system: You are a helpful assistant.
user:
Analyze the provided spectrum to determine if it is a **White Dwarf (WD)**.

A White Dwarf spectrum is defined by its **extreme purity** (due to gravitational settling) and/or **extreme pressure broadening** (due to high surface gravity). You must check for one of the following mutually exclusive signatures:

- **Key Visual Indicators (Check for ONE of these types):**

    - **1. DA-Type Signature (Most Common):**
        - **(Primary Feature):** Extreme pressure broadening (Stark broadening) of the **Hydrogen (H) Balmer lines**.
        - **(Key Lines):** $H\beta$ (approx. $4861$ Å) and $H\gamma$ (approx. $4340$ Å). $H\alpha$ (approx. $6563$ Å) will also be present if the wavelength range covers it.
        - **(Line Profile):** This is the **defining feature**. The lines are **NOT** sharp. They appear as massive, **extremely broad and deep "troughs" or "dips"** in the spectrum, often hundreds of Ångströms wide. The continuum will appear to "scoop" down at these wavelengths.
        - **(Distinction):** Normal A-type or B-type stars have *narrow* and *sharp* Hydrogen lines. A DA White Dwarf's lines are unmistakably "smeared" or "blurry" from pressure.

    - **2. DB-Type Signature:**
        - **(Primary Feature):** Broad absorption lines from **Neutral Helium (He I)**. The spectrum must lack any visible Hydrogen lines.
        - **(Key Lines):** Look for broad absorption near $4471$ Å, $4921$ Å, and $5876$ Å.
        - **(Line Profile):** These lines are also significantly pressure-broadened, appearing much wider than they would in a normal B-type main-sequence star.

    - **3. DC-Type Signature:**
        - **(Primary Feature):** A **featureless continuous spectrum**.
        - **(Line Profile):** The spectrum is a smooth curve with **no significant absorption or emission lines**.
        - **(Key Confirmation):** The continuum is almost always **blue or white**, indicating a hot object. This signature implies the atmosphere is so pure (or so cool) that no spectral lines are visible in the optical range. Its WD identity is confirmed by its extremely low intrinsic brightness (high absolute magnitude).

    - **4. DZ-Type Signature (Metal-Polluted):**
        - **(Primary Feature):** **Isolated, narrow metal absorption lines** on an otherwise featureless (DC-like) continuum.
        - **(Key Lines):** The **Calcium (Ca II) H & K doublet** (approx. **$3934$ Å** and **$3968$ Å**) is the most common and defining feature.
        - **(Line Profile):** These lines are "out of place." They are *not* part of a "forest" of thousands of lines. This signature is evidence of recent *accretion* (pollution) from rocky debris.
        - **(Distinction):** Normal G/K/M stars have a *dense forest* of thousands of metal lines. A DZ has a *clean* continuum with *only a few* strong metal lines.

    - **5. DQ-Type Signature (Carbon-Polluted):**
        - **(Primary Feature):** Absorption bands from **Carbon (C₂ "Swan Bands" or atomic C I)**.
        - **(Key Lines - C₂):** Look for bandheads with a "saw-tooth" shape near $5635$ Å, **$5165$ Å** (strongest), and $4737$ Å.
        - **(Key Confirmation):** The underlying **continuum must be blue or white** (hot).
        - **(Distinction):** This is the critical difference from a **Carbon Star**, which has the *exact same* C₂ bands but on an extremely **red, cool** continuum.

- **(Overall Spectrum):**
    - The continuum (overall shape) is typically **blue-sloping** (brighter in the blue than the red), as most white dwarfs are very hot.
    - The spectrum will look "pure" or "simple," dominated by only *one* of the five signatures listed above.

Think first, call **spectral_visualization_tool** if needed to examine features in detail, then provide your final answer. Your response must adhere to the following strict rules:
1.  **Overall Structure:** Your response must follow the format `<think>...</think> <tool_call>...</tool_call> (if a tool is used) <answer>...</answer>`.
2.  **Tool Usage Constraint:** You may only make **one** tool call per turn.
3.  **Final Answer Format:** In the `<answer>` tag, your conclusion must be inside a `\boxed{}` command (e.g., `\boxed{YES}` or `\boxed{NO}`), followed by your justification.

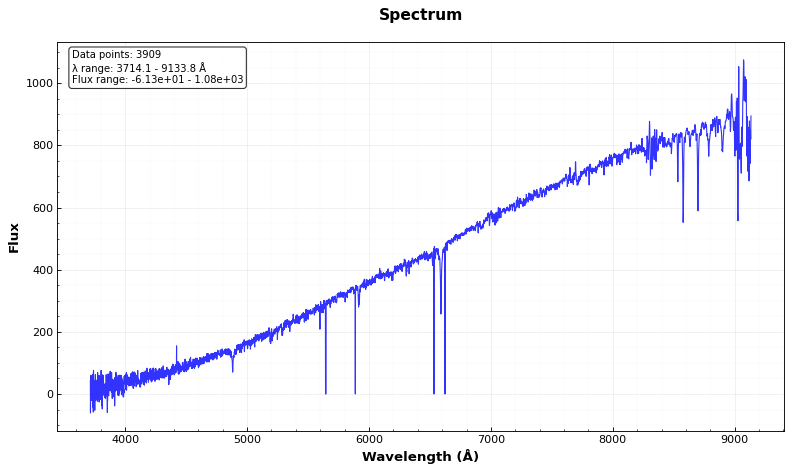
Answer: YES